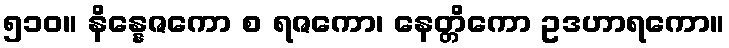
၅၁၀။ နိန္နေဇကော စ ရဇကော၊ နေတ္တိကော ဥဒဟာရကော။